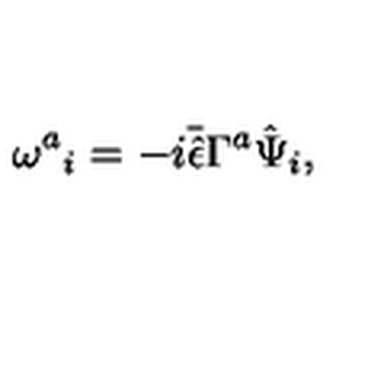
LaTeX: \omega ^ { a } { } _ { i } = - i \bar { \hat { \epsilon } } \Gamma ^ { a } \hat { \Psi } _ { i } ,